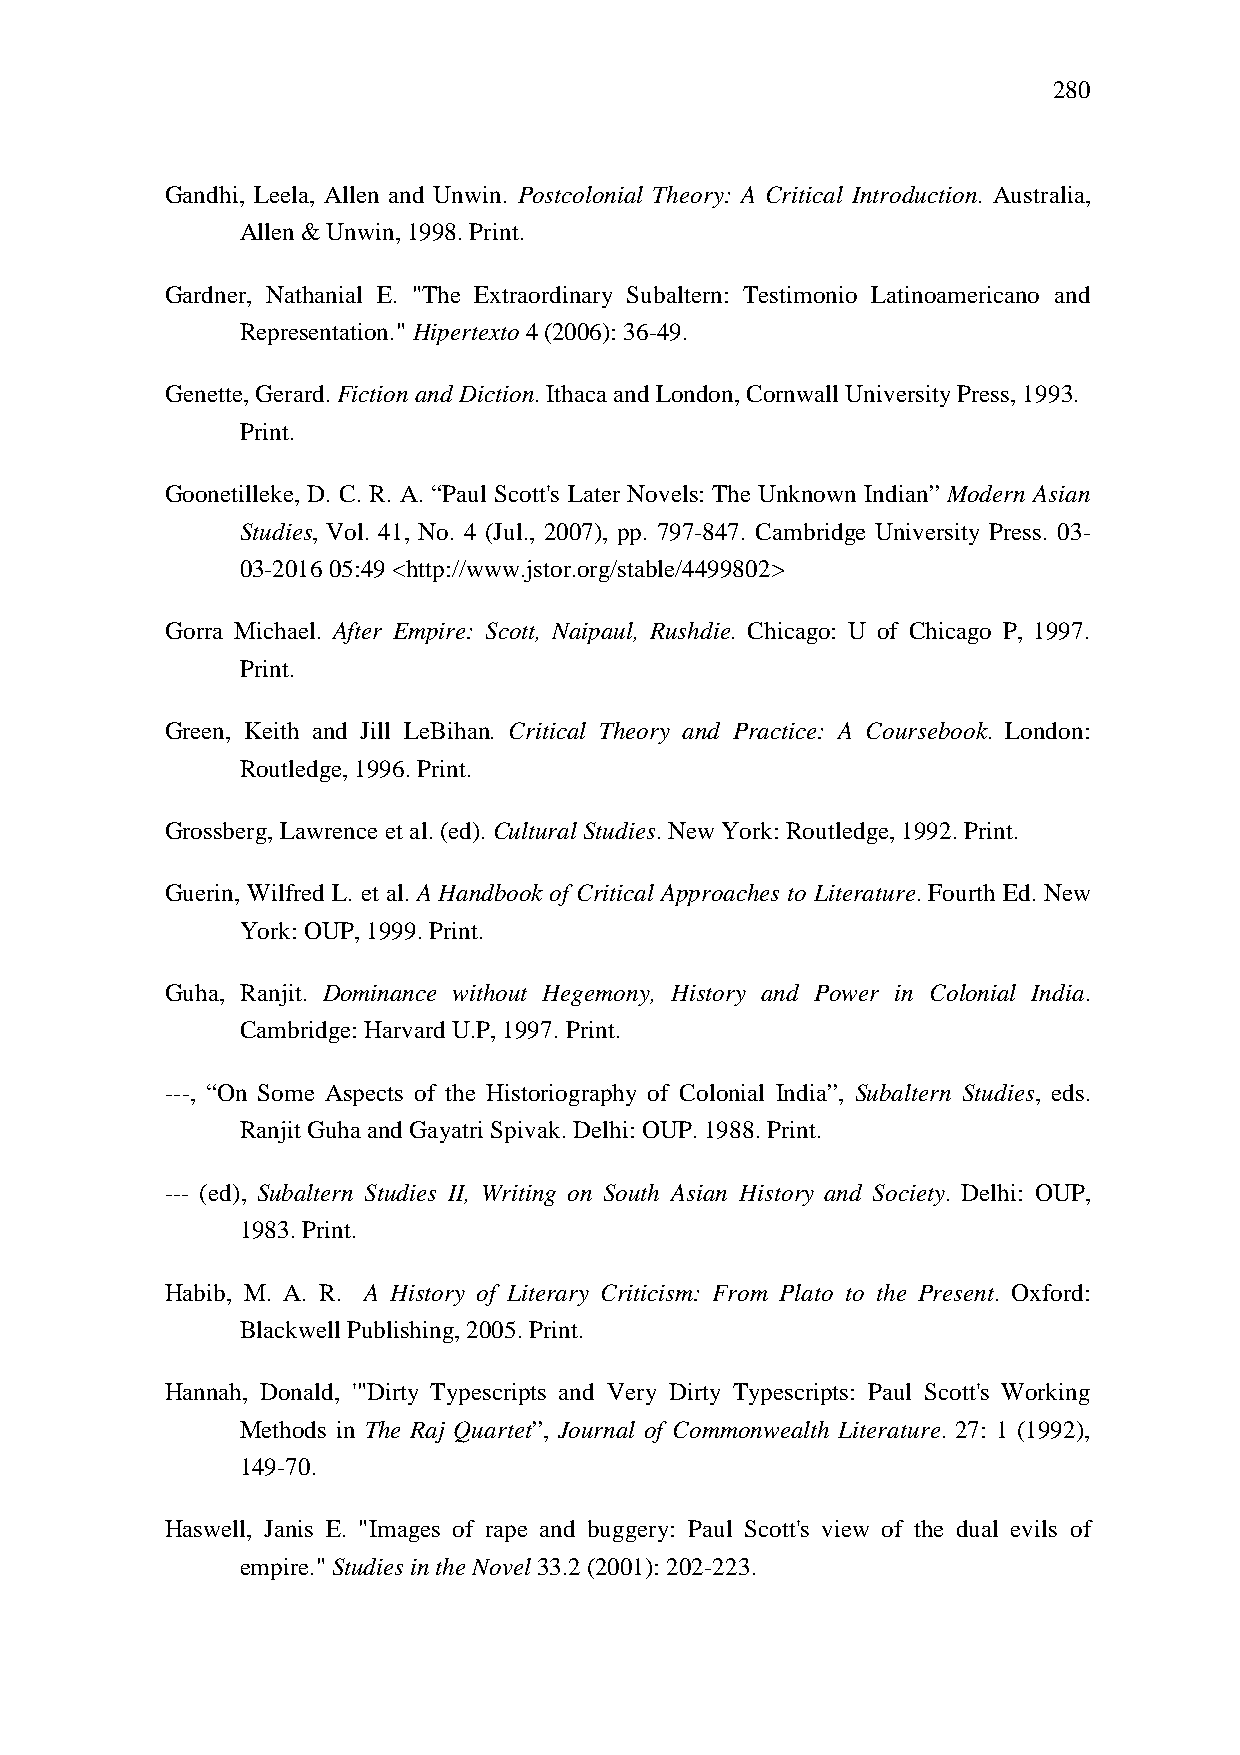
280
 Gandhi, Leela, Allen and Unwin. Postcolonial Theory: A Critical Introduction. Australia,
 Allen & Unwin, 1998. Print.
 Gardner, Nathanial E. "The Extraordinary Subaltern: Testimonio Latinoamericano and
 Representation." Hipertexto 4 (2006): 36-49.
 Genette, Gerard. Fiction and Diction. Ithaca and London, Cornwall University Press, 1993.
 Print.
 Goonetilleke, D. C. R. A. “Paul Scott's Later Novels: The Unknown Indian” Modern Asian
 Studies, Vol. 41, No. 4 (Jul., 2007), pp. 797-847. Cambridge University Press. 03-
 03-2016 05:49 <http://www.jstor.org/stable/4499802>
 Gorra Michael. After Empire: Scott, Naipaul, Rushdie. Chicago: U of Chicago P, 1997.
 Print.
 Green, Keith and Jill LeBihan. Critical Theory and Practice: A Coursebook. London:
 Routledge, 1996. Print.
 Grossberg, Lawrence et al. (ed). Cultural Studies. New York: Routledge, 1992. Print.
 Guerin, Wilfred L. et al. A Handbook of Critical Approaches to Literature. Fourth Ed. New
 York: OUP, 1999. Print.
 Guha, Ranjit. Dominance without Hegemony, History and Power in Colonial India.
 Cambridge: Harvard U.P, 1997. Print.
 ---, “On Some Aspects of the Historiography of Colonial India”, Subaltern Studies, eds.
 Ranjit Guha and Gayatri Spivak. Delhi: OUP. 1988. Print.
 --- (ed), Subaltern Studies II, Writing on South Asian History and Society. Delhi: OUP,
 1983. Print.
 Habib, M. A. R. A History of Literary Criticism: From Plato to the Present. Oxford:
 Blackwell Publishing, 2005. Print.
 Hannah, Donald, '"Dirty Typescripts and Very Dirty Typescripts: Paul Scott's Working
 Methods in The Raj Quartet”, Journal of Commonwealth Literature. 27: 1 (1992),
 149-70.
 Haswell, Janis E. "Images of rape and buggery: Paul Scott's view of the dual evils of
 empire." Studies in the Novel 33.2 (2001): 202-223.